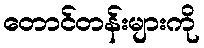
တောင်တန်းများကို